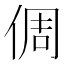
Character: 倜